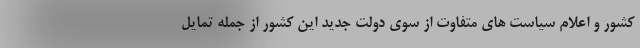
کشور و اعلام سیاست های متفاوت از سوی دولت جدید این کشور از جمله تمایل